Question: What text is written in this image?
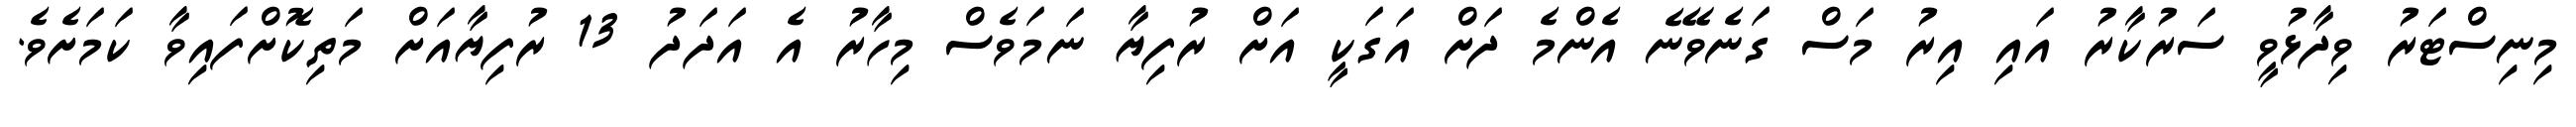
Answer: މިނިސްޓަރު ވިދާޅުވީ ސަރުކާރު އައި އިރު މަސް ގަނެވޭނެ އެންމެ ދަށް އަގަކީ އަށް ރުފިޔާ ނަމަވެސް މިހާރު އެ އަދަދު 13 ރުފިޔާއަށް މަތިކޮށްފައިވާ ކަމަށެވެ.